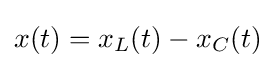
x(t)=x_{L}(t)-x_{C}(t)